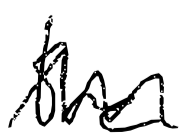
Text: the
Cross-out: zig-zag
Writing tool: digital_black